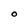
Character: O